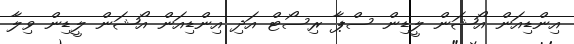
އިންޑިއަން އޯޝަން ލީޑިން ސްޕާ ރިސޯޓް އަދި އިންޑިއަން އޯޝަން ލީޑިން ވިލާ